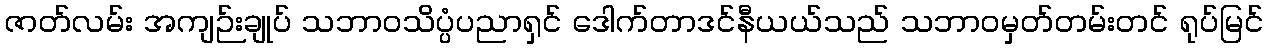
ဇာတ်လမ်း အကျဉ်းချုပ် သဘာဝသိပ္ပံပညာရှင် ဒေါက်တာဒင်နီယယ်သည် သဘာဝမှတ်တမ်းတင် ရုပ်မြင်